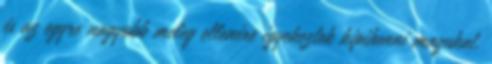
és az egyre nagyobb meleg ellenére igyekeztek kipihenni magukat.